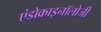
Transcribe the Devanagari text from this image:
एंडोक्राइनॉलोजी